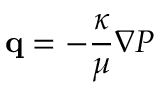
{ \bf q } = - \frac { \kappa } { \mu } \nabla P \,